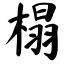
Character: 榻